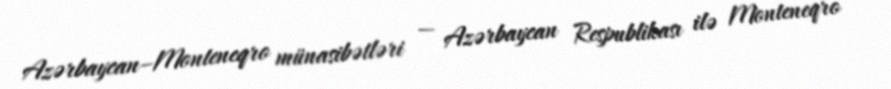
Azərbaycan–Monteneqro münasibətləri — Azərbaycan Respublikası ilə Monteneqro